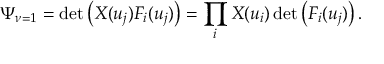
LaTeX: \Psi _ { \nu = 1 } = \operatorname * { d e t } \left( X ( u _ { j } ) F _ { i } ( u _ { j } ) \right) = \prod _ { i } X ( u _ { i } ) \operatorname * { d e t } \left( F _ { i } ( u _ { j } ) \right) .